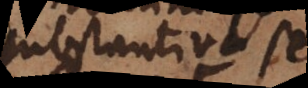
substantiva se